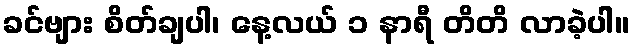
ခင်ဗျား စိတ်ချပါ၊ နေ့လယ် ၁ နာရီ တိတိ လာခဲ့ပါ။